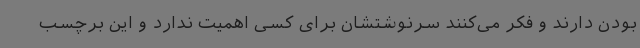
بودن دارند و فکر می‌کنند سرنوشتشان برای کسی اهمیت ندارد و این برچسب